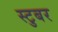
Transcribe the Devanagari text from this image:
स्टुबर